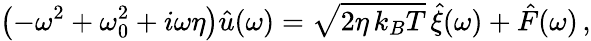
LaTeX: \left(-\omega^{2}+\omega_{0}^{2}+i\omega\eta\right)\hat{u}(\omega)=\sqrt{2\eta\, k_{B}T}\, \hat{\xi}(\omega)+\hat{F}(\omega)\, ,